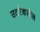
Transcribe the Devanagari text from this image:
उतरेकडील